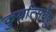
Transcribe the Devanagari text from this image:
कुर्यात्सर्वेषु